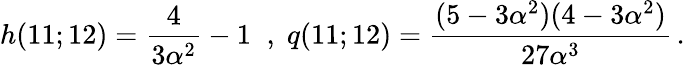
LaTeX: h(11;12)=\frac 4{3\alpha^{2}}-1\; \; ,\; q(11;12)=\frac{(5-3\alpha^{2})(4-3\alpha^{2})}{27\alpha^{3}}\, .